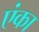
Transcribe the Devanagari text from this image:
एंका